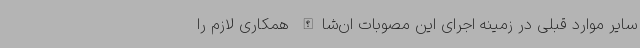
سایر موارد قبلی در زمینه اجرای این مصوبات ان‌شاالله همکاری لازم را